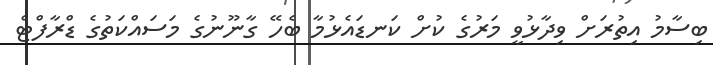
ބިސާމު އިތުރަށް ވިދާޅުވީ މަރުގެ ކުށް ކަނޑައެޅުމާ ބެހޭ ގާނޫނުގެ މަސައްކަތުގެ ޑްރާފްޓް